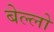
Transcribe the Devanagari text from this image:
बेल्लो